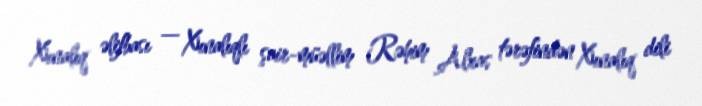
Xınalıq əlifbası — Xınalıqlı şair-müəllim Rəhim Alxas tərəfindən Xınalıq dili